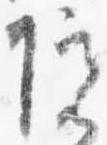
院